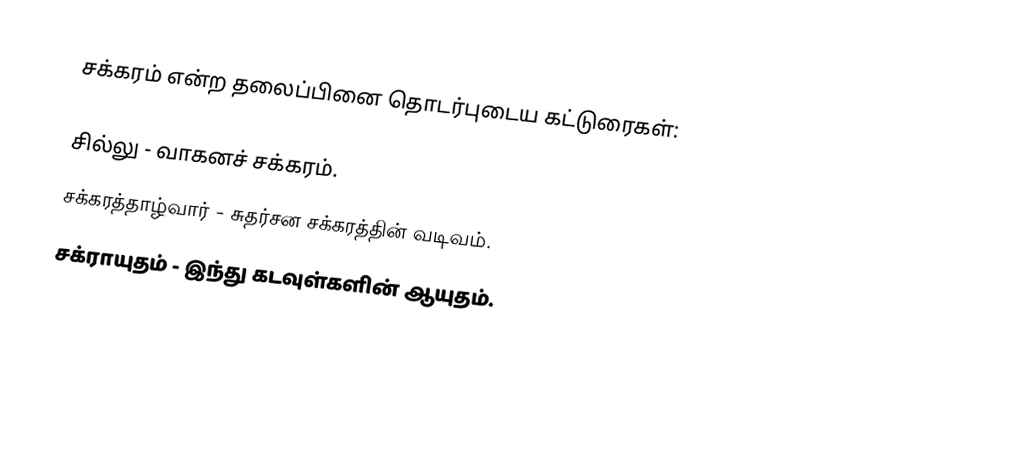
சக்கரம் என்ற தலைப்பினை தொடர்புடைய கட்டுரைகள்:

 சில்லு - வாகனச் சக்கரம்.
 சக்கரத்தாழ்வார் - சுதர்சன சக்கரத்தின் வடிவம்.
 சக்ராயுதம் - இந்து கடவுள்களின் ஆயுதம்.